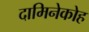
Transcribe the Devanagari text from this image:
दामिनेकोह